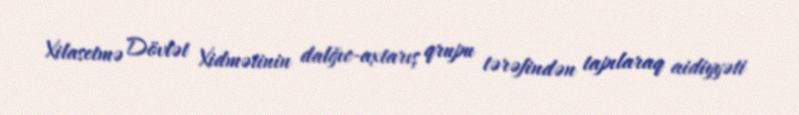
Xilasetmə Dövlət Xidmətinin dalğıc-axtarış qrupu tərəfindən tapılaraq aidiyyəti